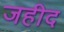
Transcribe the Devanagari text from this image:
जहीद